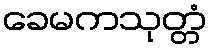
ခေမကသုတ္တံ